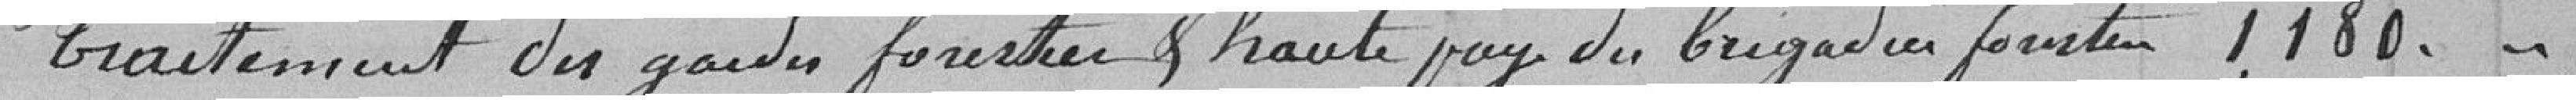
Traitement des garde forestiers et haute paye du brigadier forestier 1180